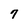
Character: 7